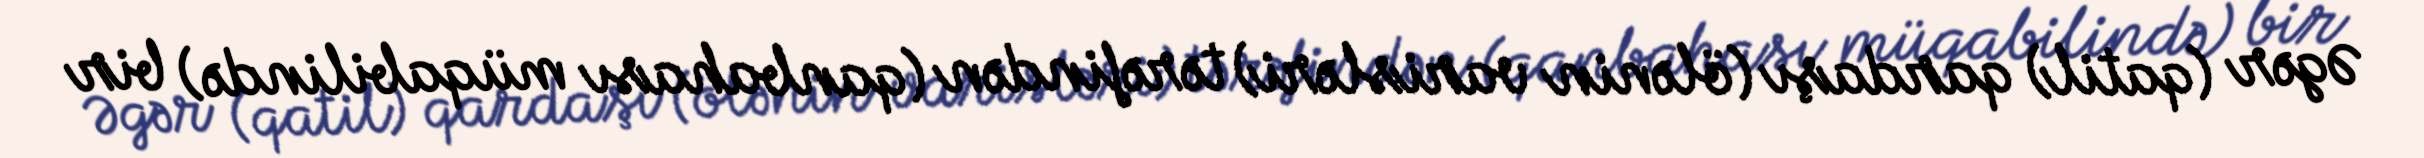
Əgər (qatil) qardaşı (ölənin varisləri) tərəfindən (qanbahası müqabilində) bir